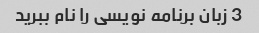
3 زبان برنامه نویسی را نام ببرید